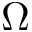
\boldsymbol { \Omega }